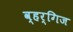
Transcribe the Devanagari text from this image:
व्हर्गिज